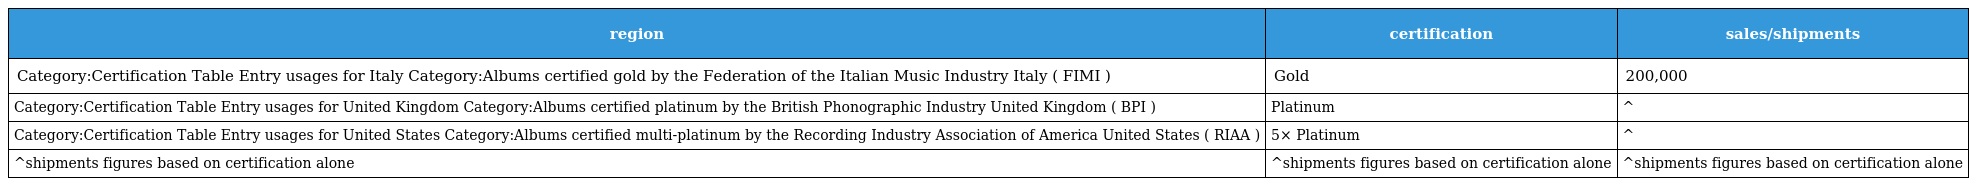
| region | certification | sales/shipments |
 | --- | --- | --- |
 | Category:Certification Table Entry usages for Italy Category:Albums certified gold by the Federation of the Italian Music Industry Italy ( FIMI ) | Gold | 200,000 |
 | Category:Certification Table Entry usages for United Kingdom Category:Albums certified platinum by the British Phonographic Industry United Kingdom ( BPI ) | Platinum | ^ |
 | Category:Certification Table Entry usages for United States Category:Albums certified multi-platinum by the Recording Industry Association of America United States ( RIAA ) | 5× Platinum | ^ |
 | ^shipments figures based on certification alone | ^shipments figures based on certification alone | ^shipments figures based on certification alone |